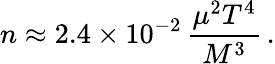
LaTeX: n\approx 2.4\times 10^{-2}\, \frac{\mu^{2}T^{4}}{M^{3}}\, .